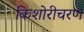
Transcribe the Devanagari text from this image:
किशोरीचरण